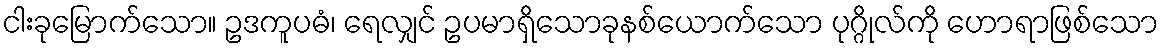
ငါးခုမြောက်သော။ ဥဒကူပဓံ၊ ရေလျှင် ဥပမာရှိသောခုနစ်ယောက်သော ပုဂ္ဂိုလ်ကို ဟောရာဖြစ်သော